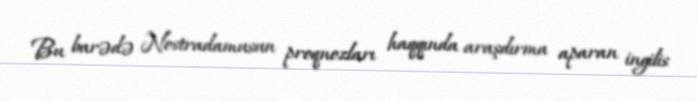
Bu barədə Nostradamusun proqnozları haqqında araşdırma aparan ingilis